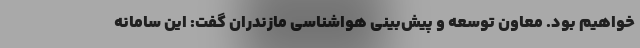
خواهیم بود. معاون توسعه و پیش‌بینی هواشناسی مازندران گفت: این سامانه